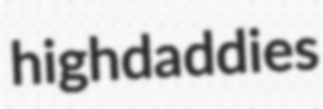
highdaddies